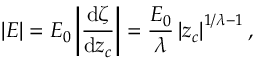
\left\vert E \right\vert = E _ { 0 } \left\vert \frac { \mathrm { d } \zeta } { \mathrm { d } z _ { c } } \right\vert = \frac { E _ { 0 } } { \lambda } \left\vert z _ { c } \right\vert ^ { 1 / \lambda - 1 } ,